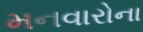
મનવારોના